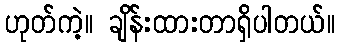
ဟုတ်ကဲ့။ ချိန်းထားတာရှိပါတယ်။